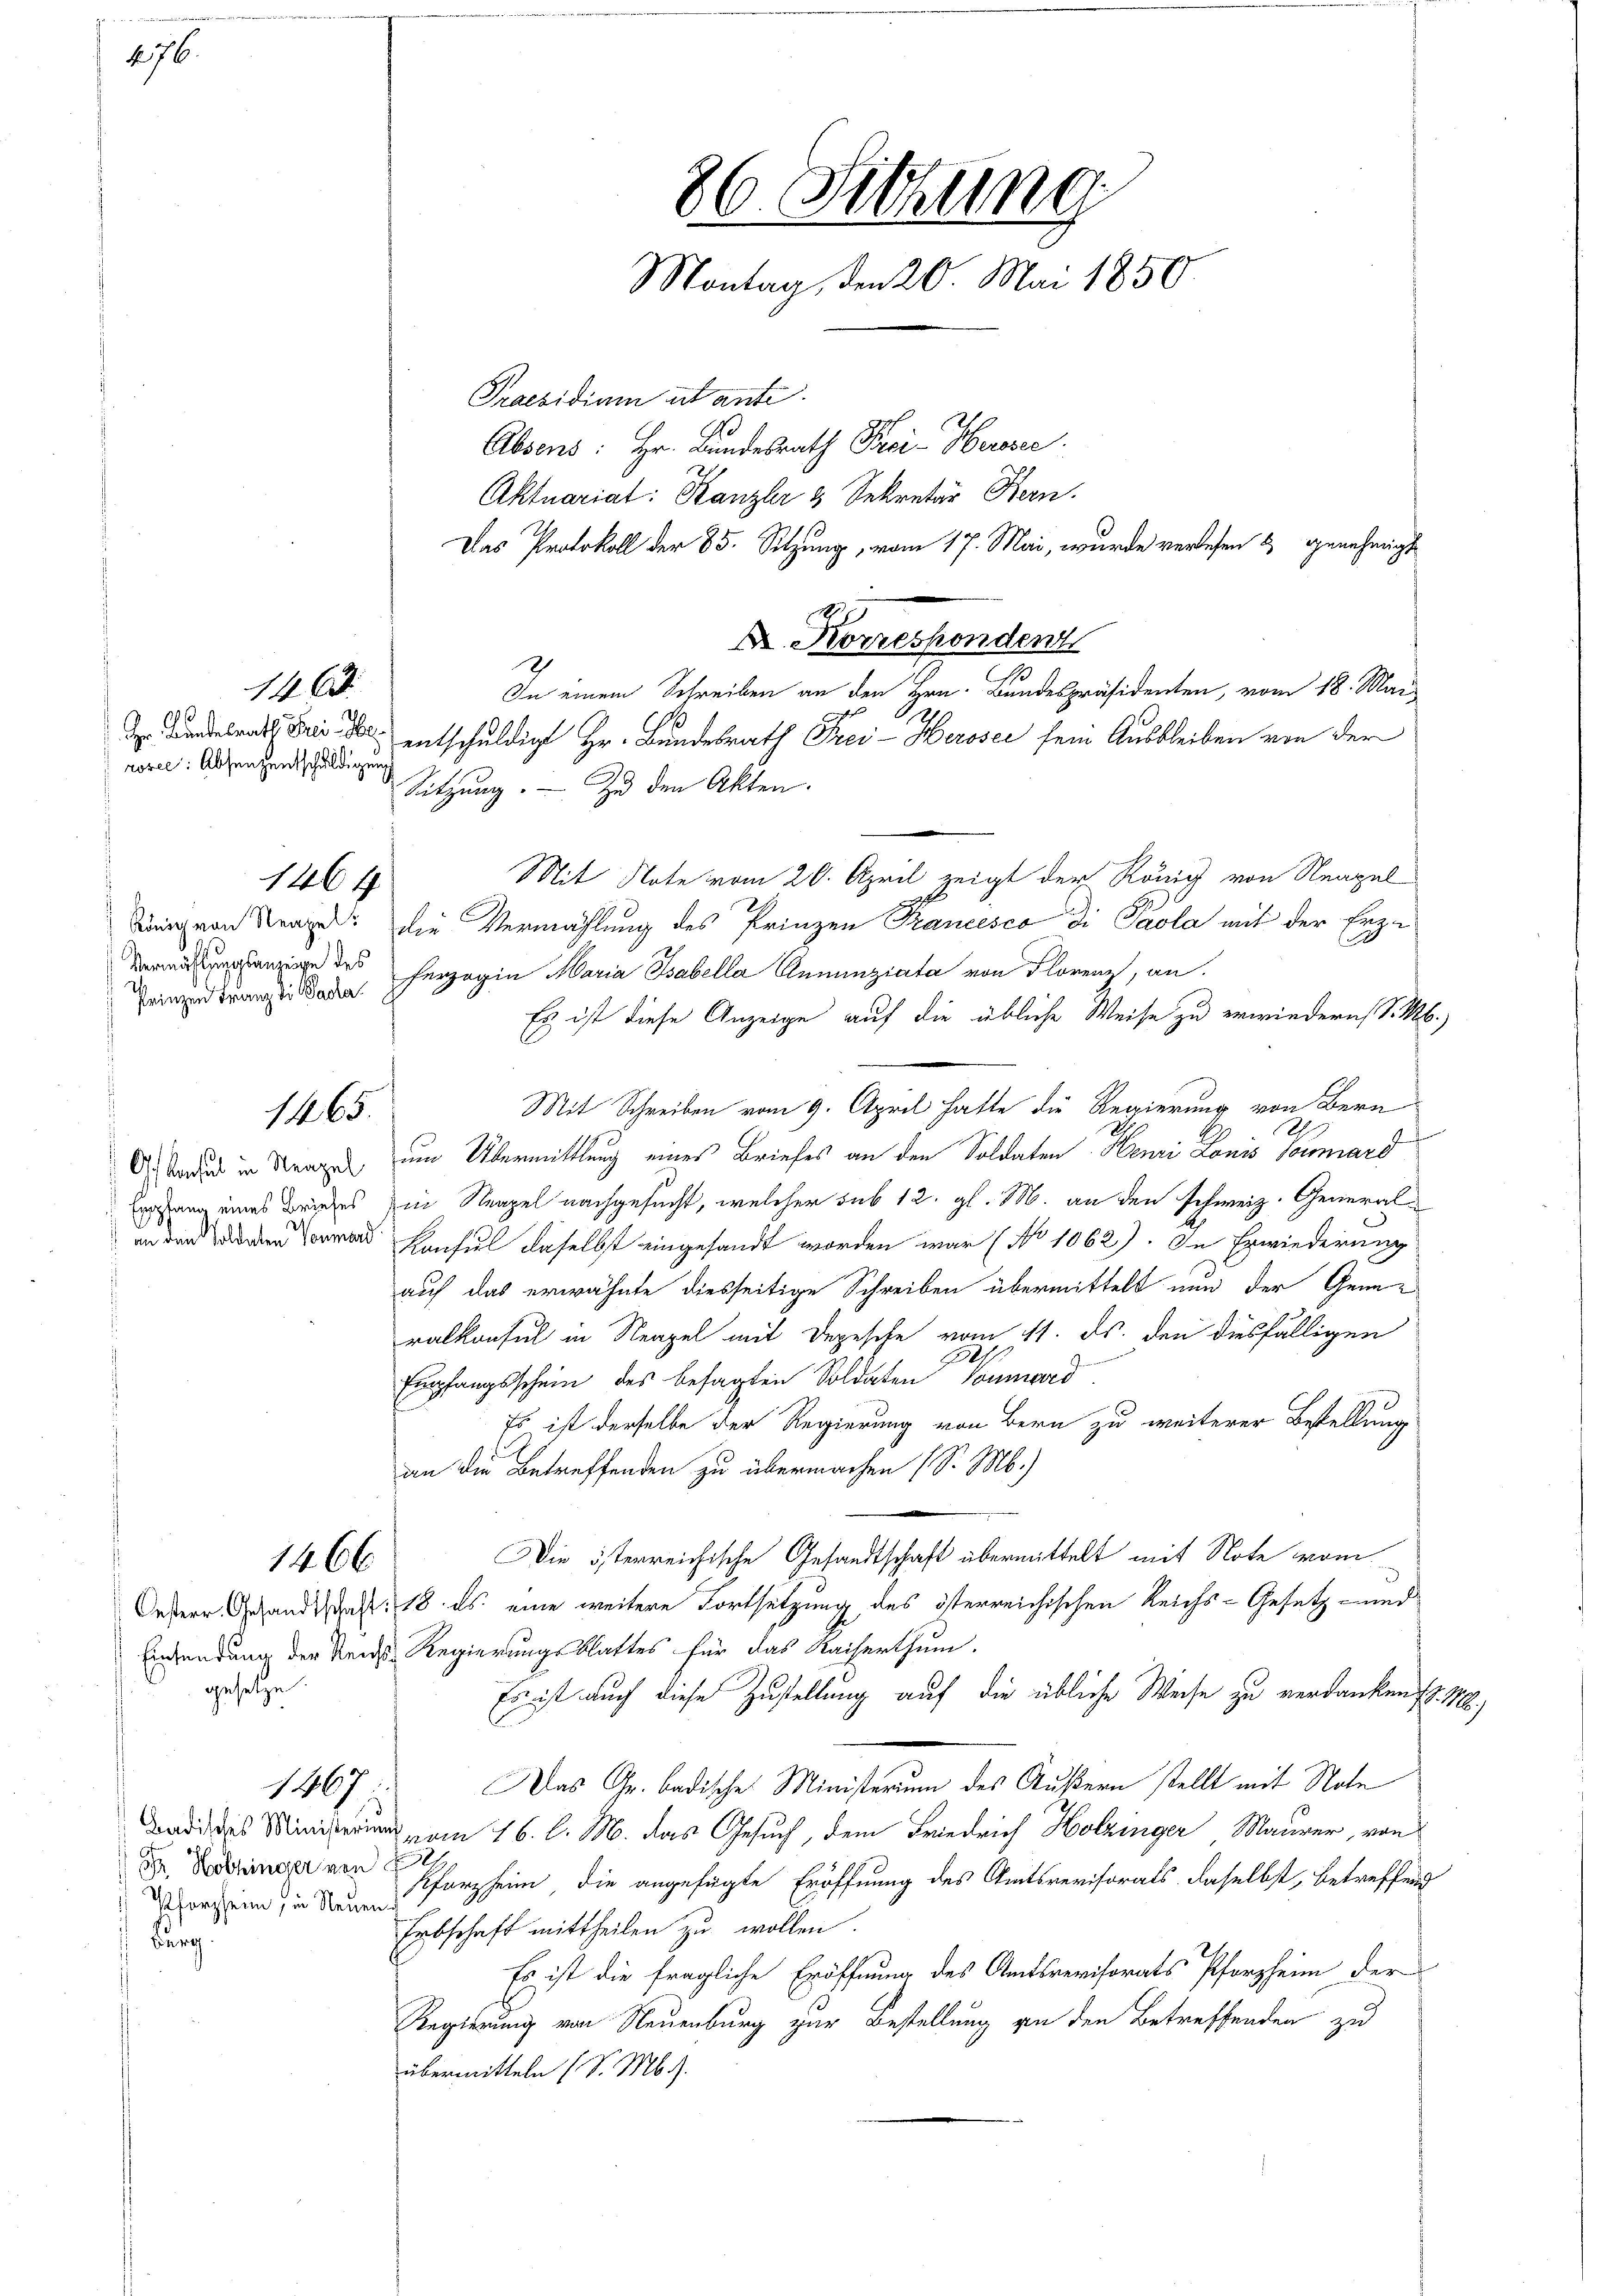
276.

rosel: Absenzentschuldigung

146.

1464

Vermählungsanzeige des
Prinzen Franz di Parla

1465.

1466

Einsendung der Reuhs
gesetze

1467

Badisches Ministerium
Dr. Hobringer von
Pforzheim, in Neuen
Burg.

86. Sitzung
Montag, den 20. Mai 1850.
Praesidium utanti.
Absend: Hr. Bundesrath Frei- Herzsc
Aktuariat: Kanzler 3 Sekretär Bern.
Das Protokoll der 85. Sitzung, vom 17. Mai, wurde verlesen & genehmigt

In einem Schreiben an den Hrn. Bundespräsidenten, vom 18. Mai
Der Kindesrath bei der entschuldigt Hr. Bundesrath Frei- Herosec sein Ausbleiben von der
Sitzung. Zu den Akten.
Mit Note vom 20. April zeigt der König von Neapel
Sinig von Strage: die Vermählung des Prinzen Krancesco di Paola mit der Erzieherzogin Maria Isabella Annunziata von Florenz, an.
Es ist diese Anzeige auf die übliche Weise zu erwiedern d. M.)
Mit Schreiben vom 9. April hatte die Regierung von Bern
U
G Stande in Krage um Übermittlung eines Briefes an den Soldaten Henri Lonis Vornard
Ergang eines Briefes in Neapel nachgesucht, welcher sub 12. gl. M. an den Schweiz. Generalan der den Konsul daselbst eingesandt worden war (No 1062). In Erwiederung
auf das erwähnte diesseitige Schreiben übermittelt nun der Generalkonsul in Neapel mit Depesche vom 11. ds. den diesfälligen
2
Empfangsschein des besagten Soldaten Saumerd
Es ist derselbe der Regierung von Bern zu weiterer Bestellung
an die Betreffenden zu übermachen (S. M.)
Die österreichische Gesandtschaft übermittelt mit Note vom
Oeder Gesandt hat: 18. ds. eine weitere Fortsetzung des österreichischen Reichs-Gesetz- und
Regierungsblattes für das Kaiserthum.
Er ist auch diese Zustellung auf die übliche Weise zu verdankenst. M
Das Gr. badische Ministerum des Äußern stellt mit Note
vom 16. l. M. das Gesuch, dem Friedrich Holzinger Maurer, von
2
Pforzheim, die angefügte Eröffnung des Amtsrevisorats, daselbst, betreffend
Erbschaft mittheilen zu wollen.
Es ist die fragliche Eröffnung des Amtsrevisorats Pforzheim der
Regierung von Neuenburg zur Bestellung an den Betreffenden zu
übermitteln (S. M.).

A. Korresponden